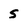
Character: S